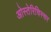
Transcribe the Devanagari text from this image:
ओस्तेरिचिस्चर